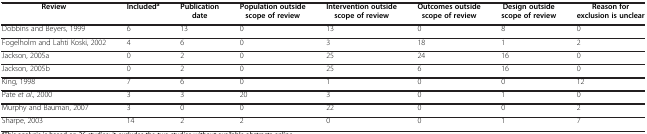
| Review | Includeda | Publication date | Population outside scope of review | Intervention outside scope of review | Outcomes outside scope of review | Design outside scope of review | Reason for exclusion is unclear |
 | --- | --- | --- | --- | --- | --- | --- | --- |
 | Dobbins and Beyers, 1999 | 6 | 13 | 0 | 13 | 0 | 8 | 0 |
 | Fogelholm and Lahti Koski, 2002 | 4 | 6 | 0 | 3 | 18 | 1 | 2 |
 | Jackson, 2005a | 0 | 2 | 0 | 25 | 24 | 16 | 0 |
 | Jackson, 2005b | 0 | 2 | 0 | 25 | 6 | 16 | 0 |
 | King, 1998 | 7 | 6 | 0 | 1 | 0 | 0 | 12 |
 | Pate et al., 2000 | 3 | 3 | 20 | 3 | 0 | 1 | 0 |
 | Murphy and Bauman, 2007 | 3 | 0 | 0 | 22 | 0 | 0 | 2 |
 | Sharpe, 2003 | 14 | 2 | 2 | 0 | 0 | 1 | 7 |